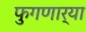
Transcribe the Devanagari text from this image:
फुगणार्‍या